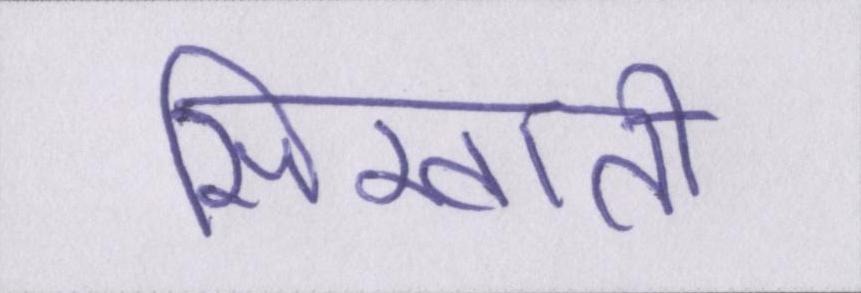
सिखाती